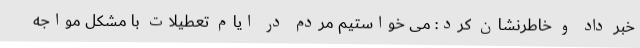
خبر داد و خاطرنشان کرد: می خواستیم مردم در ایام تعطیلات با مشکل مواجه